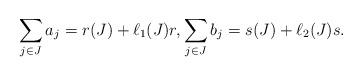
LaTeX: \begin{align*}\sum_{j\in J} a_j = r(J) + \ell_{1}(J)r,\sum_{j \in J} b_j= s(J) +\ell_{2}(J)s.\end{align*}